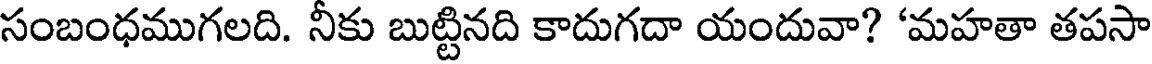
సంబంధముగలది. నీకు బుట్టినది కాదుగదా యందువా? 'మహతా తపసా